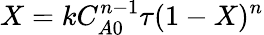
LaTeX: X=kC_{A0}^{n-1}\tau(1-X)^{n}